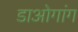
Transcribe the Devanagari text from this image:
डाओगांग